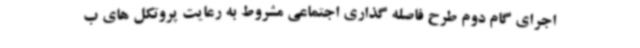
اجرای گام دوم طرح فاصله گذاری اجتماعی مشروط به رعایت پروتکل های ب